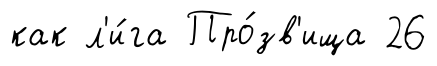
как л'и́га Про́зв'ища 26